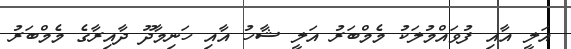
އަލީ އާއި ފުވައްމުލަކު މެމްބަރު އަލީ ޝާހު އާއި ހަނިމާދޫ ދާއިރާގެ މެމްބަރު